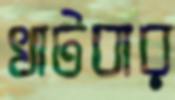
খাটবার